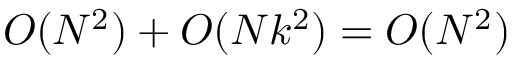
O ( N ^ { 2 } ) + O ( N k ^ { 2 } ) = O ( N ^ { 2 } )